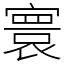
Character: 寰